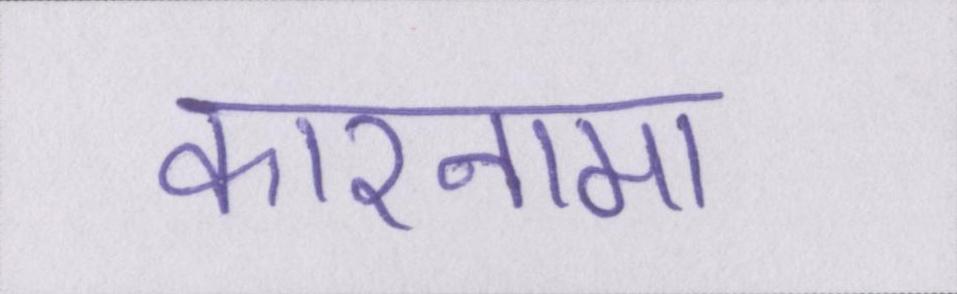
कारनामा